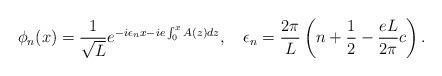
LaTeX: \begin{align*}\phi_n(x)={1\over\sqrt L}e^{-i \epsilon_nx -ie\int_0^xA(z)dz},\quad\epsilon_n={2\pi\over L}\left(n+{1\over2} -{eL\over 2\pi}c\right).\end{align*}